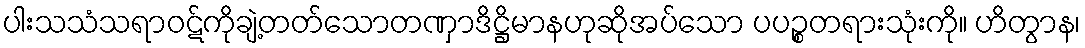
ပါးသသံသရာဝဋ်ကိုချဲ့တတ်သောတဏှာဒိဋ္ဌိမာနဟုဆိုအပ်သော ပပဉ္စတရားသုံးကို။ ဟိတွာန၊